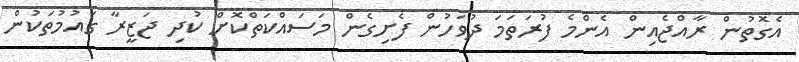
އެގޮތުން ރާއްޖެއިން އެންމެ ފުރަތަމަ ދުވަހުން ފެށިގެން މަސައްކަތްކޮށް ކުދި ޖަޒީރާ ގައުމުތަކުން